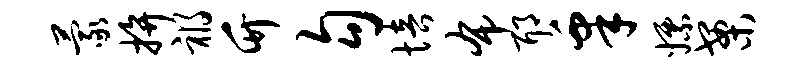
蒙拚祸竹勾培布耶皋嫖案